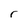
Character: r